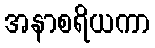
အနာစရိယကာ